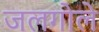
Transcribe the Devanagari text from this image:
जलगोले